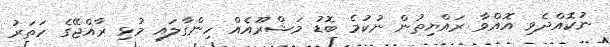
ނުކޮއްދެވި އޮއްވާ ރައްޔިތުން ނުކުމެ ބޮޑު މަޝްރޫއެއް ހިންގާލައި މުޅި ރާއްޖޭގެ ހަތަރު